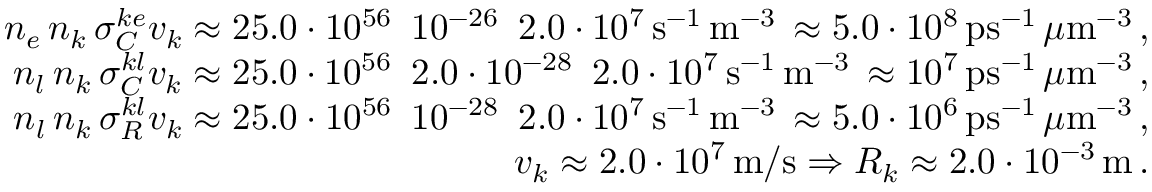
\begin{array} { r l r } & { } & { n _ { e } \, n _ { k } \, \sigma _ { C } ^ { k e } v _ { k } \approx 2 5 . 0 \cdot 1 0 ^ { 5 6 } \, \, \, 1 0 ^ { - 2 6 } \, \, \, 2 . 0 \cdot 1 0 ^ { 7 } \, \mathrm { s } ^ { - 1 } \, \mathrm { m } ^ { - 3 } \, \approx 5 . 0 \cdot 1 0 ^ { 8 } \, \mathrm { p s } ^ { - 1 } \, \mu \mathrm { m } ^ { - 3 } \, , } \\ & { } & { n _ { l } \, n _ { k } \, \sigma _ { C } ^ { k l } v _ { k } \approx 2 5 . 0 \cdot 1 0 ^ { 5 6 } \, \, \, 2 . 0 \cdot 1 0 ^ { - 2 8 } \, \, \, 2 . 0 \cdot 1 0 ^ { 7 } \, \mathrm { s } ^ { - 1 } \, \mathrm { m } ^ { - 3 } \, \approx 1 0 ^ { 7 } \, \mathrm { p s } ^ { - 1 } \, \mu \mathrm { m } ^ { - 3 } \, , } \\ & { } & { n _ { l } \, n _ { k } \, \sigma _ { R } ^ { k l } v _ { k } \approx 2 5 . 0 \cdot 1 0 ^ { 5 6 } \, \, \, 1 0 ^ { - 2 8 } \, \, \, 2 . 0 \cdot 1 0 ^ { 7 } \, \mathrm { s } ^ { - 1 } \, \mathrm { m } ^ { - 3 } \, \approx 5 . 0 \cdot 1 0 ^ { 6 } \, \mathrm { p s } ^ { - 1 } \, \mu \mathrm { m } ^ { - 3 } \, , } \\ & { } & { v _ { k } \approx 2 . 0 \cdot 1 0 ^ { 7 } \, \mathrm { m / s } \Rightarrow { \cal R } _ { k } \approx 2 . 0 \cdot 1 0 ^ { - 3 } \, \mathrm { m } \, . } \end{array}